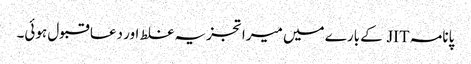
پانامہ JIT کے بارے میں میرا تجزیہ غلط اور دعا قبول ہوئی۔